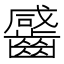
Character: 䶠